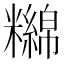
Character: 𥽔